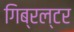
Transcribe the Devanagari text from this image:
गिब्रल्टर